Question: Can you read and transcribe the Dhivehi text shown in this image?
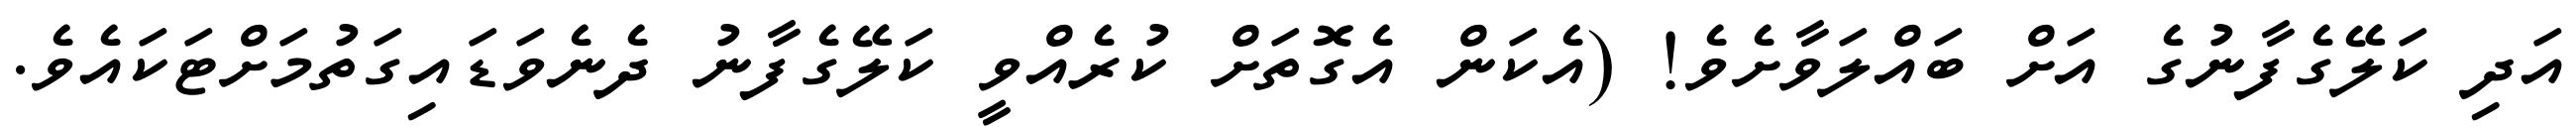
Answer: އަދި ކަލޭގެފާނުގެ އަށް ބައްލަވާށެވެ! (އެކަން އެގޮތަށް ކުރެއްވީ ކަލޭގެފާނު ދެނެވަޑައިގަތުމަށްޓަކައެވެ.